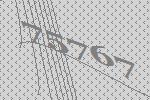
75767